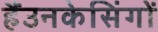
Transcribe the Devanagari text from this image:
हैंउनकेसिंगों